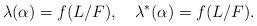
LaTeX: \begin{align*} \lambda(\alpha)=f(L/F), \quad\lambda^*(\alpha)=f(L/F).\end{align*}